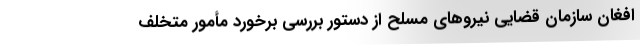
افغان سازمان قضایی نیروهای مسلح از دستور بررسی برخورد مأمور متخلف